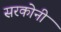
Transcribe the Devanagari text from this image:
सरकोनी